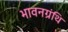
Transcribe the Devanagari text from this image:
भावनग्रंथि